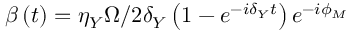
\beta \left( t \right) = \eta _ { Y } \Omega / 2 \delta _ { Y } \left( 1 - e ^ { - i \delta _ { Y } t } \right) e ^ { - i \phi _ { M } }